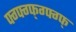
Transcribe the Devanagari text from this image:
फ्ग्फ्ग्फ्ग्फ्ग्फ्